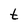
Character: t